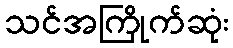
သင်အကြိုက်ဆုံး